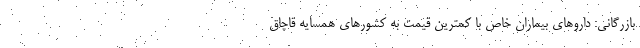
بازرگانی: داروهای بیماران خاص با کمترین قیمت به کشورهای همسایه قاچاق